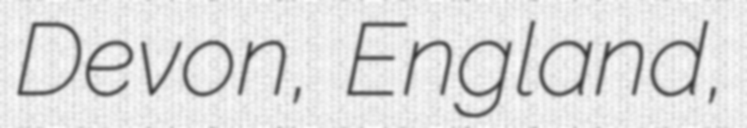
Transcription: Devon, England,